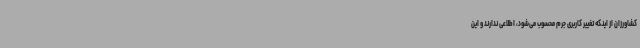
کشاورزان از اینکه تغییر کاربری جرم محسوب می‌شود، اطلاعی ندارند و این